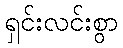
ရှင်းလင်းစွာ